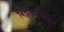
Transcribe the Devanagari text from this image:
निझामाकडून